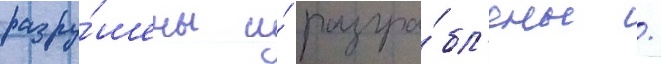
разру́шены и́ разгра́бл'ены /